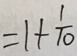
= 1 + \frac { 1 } { 1 0 }